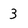
Character: 3